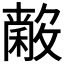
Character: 𱶢